Malaria in India - Number 2
Disease focus: Malaria
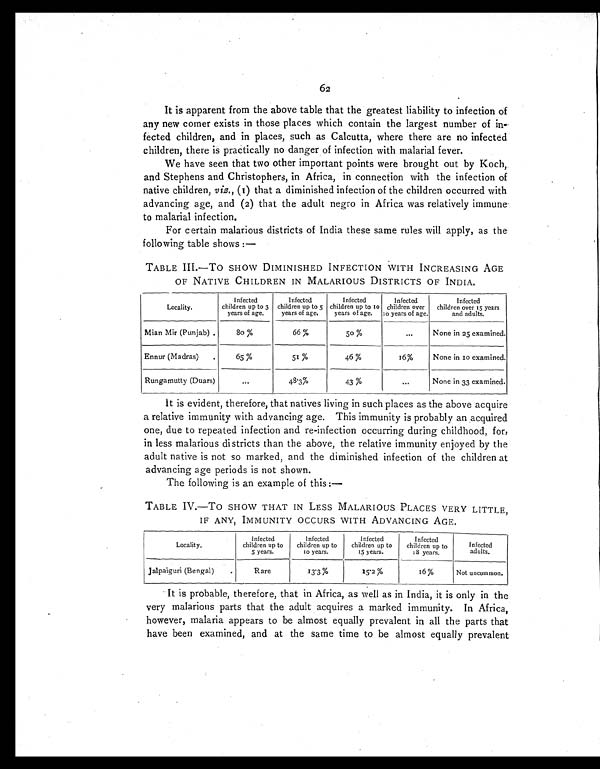
62
It is apparent from the above table that the greatest liability to infection of
any new corner exists in those places which contain the largest number of in-
fected children, and in places, such as Calcutta, where there are no infected
children, there is practically no danger of infection with malarial fever.
We have seen that two other important points were brought out by Koch,
and Stephens and Christophers, in Africa, in connection with the infection of
native children, viz., (1) that a diminished infection of the children occurred with
advancing age, and (2) that the adult negro in Africa was relatively immune
to malarial infection.
For certain malarious districts of India these same rules will apply, as the
following table shows:—
TABLE III.-To SHOW DIMINISHED INFECTION WITH INCREASING AGE
OF NATIVE CHILDREN IN MALARIOUS DISTRICTS OF INDIA.
Locality.
infected
children up to 3
years of age.
Infected
children up to 5
years of age.
Infected
children up to 10
years of age.
Infected
children over
to years of age.
Infected
children over 15 years
and adults.
Mian Mir (Punjab).
80%
66%
50%
. . . None in 25 examined.
Ennur (Madras).
65%
51%
4 6 %
16%
None in 10 examined.
Rungamutty (Duars)
. . .
48.3%
43%
...
None in 33 examined.
I t i s e v i d e n t , t h e r e f o r e , t h a t n a t i v e s l i v i n g i n s u c h p l a c e s a s t h e a b o v e a c q u i r e
a relative immunity with advancing age. This immunity is probably an acquired
one, due to repeated infection and re-infection occurring during childhood, for,
in less malarious districts than the above, the relative immunity enjoyed by the
adult native is not so marked, and the diminished infection of the children at
advancing age periods is not shown.
The following is an example of this:—
TABLE IV.—TO SHOW THAT IN LESS MALARIOUS PLACES VERY LITTLE,
IF ANY, IMMUNITY OCCURS WITH ADVANCING AGE.
L o c a l i t y .
Infected
children up to
5 years.
Infected
children up to
10 years.
Infected
children up to
15 years.
Infected
children up to
18 years.
Infected
adults.
Jalpaiguri (Bengal).
Rare
13.3%
15.2%
16 %
Not uncommon.
It is probable, therefore, that in Africa, as well as in India, it is only in the
very malarious parts that the adult acquires a marked immunity. In Africa,
however, malaria appears to be almost equally prevalent in all the parts that
have been examined, and at the same time to be almost equally prevalent